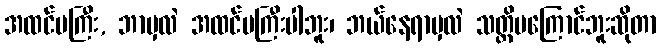
အထင်မကြီး, ဘာမှလဲ အထင်မကြီးပါဘူး၊ ဘယ်နေရာမှလဲ သတ္တိမကြောင်ဘူးဆိုတာ